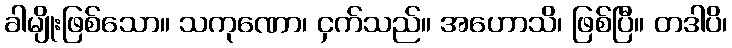
ခါမျိုးဖြစ်သော။ သကုဏော၊ ငှက်သည်။ အဟောသိ၊ ဖြစ်ပြီ။ တဒါပိ၊